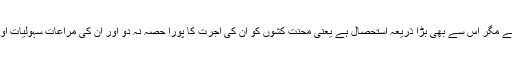
یہ درست ہے کہ بدعنوانی دولت اکٹھی کرنے کا اہم ذریعہ ہے مگر اس سے بھی بڑا ذریعہ استحصال ہے یعنی محنت کشوں کو ان کی اجرت کا پورا حصہ نہ دو اور ان کی مراعات سہولیات اور حقوق میں کمی کرکے زیادہ سے زیادہ دولت حاصل کرو۔